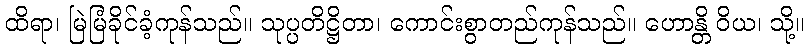
ထိရာ၊ မြဲမြံခိုင်ခံ့ကုန်သည်။ သုပ္ပတိဋ္ဌိတာ၊ ကောင်းစွာတည်ကုန်သည်။ ဟောန္တိ ဝိယ၊ သို့။